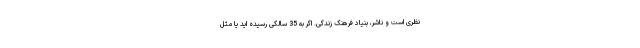
نظری است و ناشر، بنیاد فرهنگ زندگی. اگر به 35 سالگی رسیده اید یا مثل